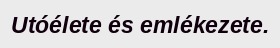
Utóélete és emlékezete.